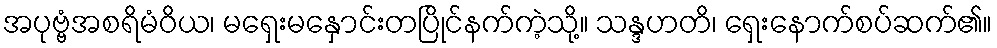
အပုဗ္ဗံအစရိမံဝိယ၊ မရှေးမနှောင်းတပြိုင်နက်ကဲ့သို့။ သန္ဒဟတိ၊ ရှေးနောက်စပ်ဆက်၏။